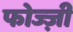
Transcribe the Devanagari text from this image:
फोज्ज़ी